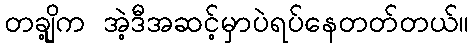
တချို့က အဲ့ဒီအဆင့်မှာပဲရပ်နေတတ်တယ်။